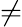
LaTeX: \ne